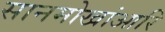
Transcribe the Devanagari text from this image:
सानमोखांआरि